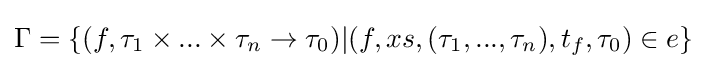
\Gamma =\{(f,\tau _{1}\times ...\times \tau _{n}\to \tau _{0})|(f,xs,(\tau _{1},...,\tau _{n}),t_{f},\tau _{0})\in e\}